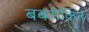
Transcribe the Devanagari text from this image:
बबरीकिन